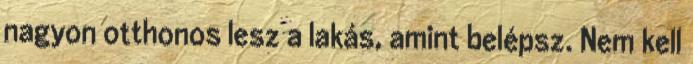
nagyon otthonos lesz a lakás, amint belépsz. Nem kell